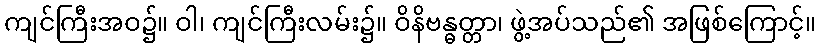
ကျင်ကြီးအဝ၌။ ဝါ၊ ကျင်ကြီးလမ်း၌။ ဝိနိဗန္ဓတ္တာ၊ ဖွဲ့အပ်သည်၏ အဖြစ်ကြောင့်။